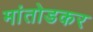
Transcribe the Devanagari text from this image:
मांतोडकर